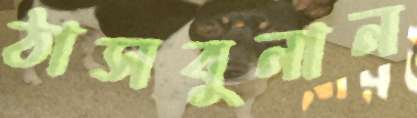
ঠাসবুনান